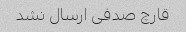
قارچ صدفی ارسال نشد